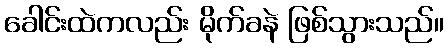
ခေါင်းထဲကလည်း မိုက်ခနဲ ဖြစ်သွားသည်။